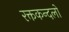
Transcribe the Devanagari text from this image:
रक्तकन्दलो